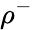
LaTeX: \rho^{-}